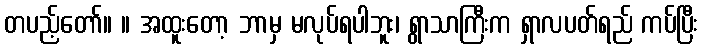
တပည့်တော်။ ။ အထူးတော့ ဘာမှ မလုပ်ရပါဘူး၊ ရွာသာကြီးက ရှာလပတ်ရည် ကပ်ပြီး